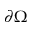
\partial \Omega